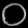
Digit: ၀